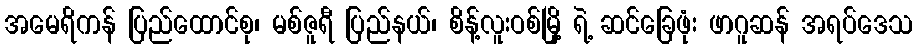
အမေရိကန် ပြည်ထောင်စု၊ မစ်ဇူရီ ပြည်နယ်၊ စိန့်လူးဝစ်မြို့ ရဲ့ ဆင်ခြေဖုံး ဖာဂူဆန် အရပ်ဒေသ